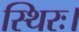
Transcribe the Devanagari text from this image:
स्थिरः।